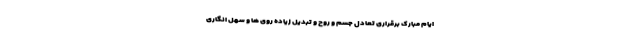
ایام مبارک برقراری تعادل جسم و روح و تبدیل زیاده روی ها و سهل انگاری